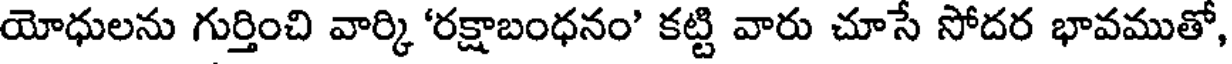
యోధులను గుర్తించి వార్కి 'రక్షాబంధనం' కట్టి వారు చూసే సోదర భావముతో,